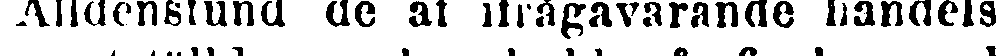
Alldenstund de af ifrågavarande handels-